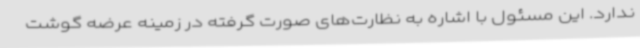
ندارد. این مسئول با اشاره به نظارت‌های صورت گرفته در زمینه عرضه گوشت